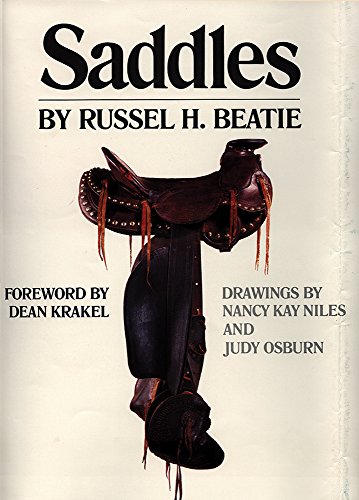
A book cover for Saddles; Russel H. Beatie; Crafts, Hobbies & Home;